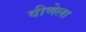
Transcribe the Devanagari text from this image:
वीणेला